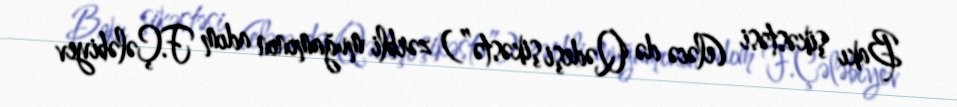
Bakı şikəstəsi (eləcə də Qədeşi şikəstə”) zərbli muğamının adım F.Çələbiyev